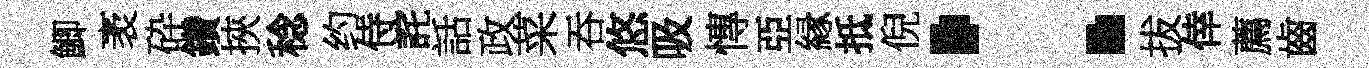
鯽袤砕鑽挾稔约侍詫話政菜吞悠吸慱亞縁抵倪：拔倖薦齒